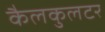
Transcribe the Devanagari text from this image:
कैलकुलटर